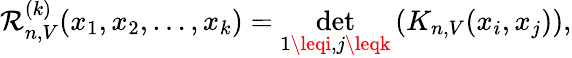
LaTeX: \mathcal{R}_{n,V}^{(k)}(x_{1},x_{2},\dots,x_{k})=\operatorname*{det}_{1\leqi,j\leqk}\left(K_{n,V}(x_{i},x_{j})\right),